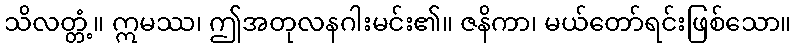
သိလတ္တံ့။ ဣမဿ၊ ဤအတုလနဂါးမင်း၏။ ဇနိကာ၊ မယ်တော်ရင်းဖြစ်သော။